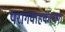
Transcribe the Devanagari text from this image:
परागवाहकाच्या